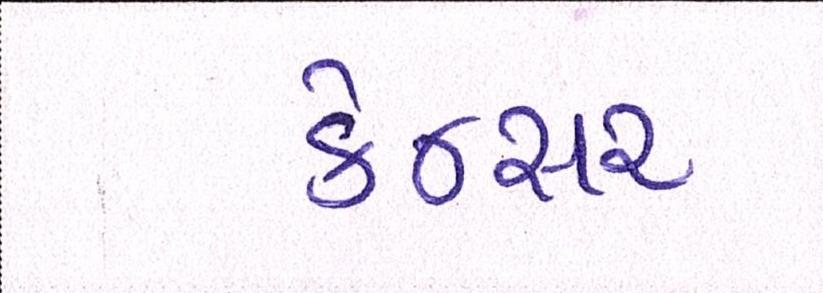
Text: કેન્સર